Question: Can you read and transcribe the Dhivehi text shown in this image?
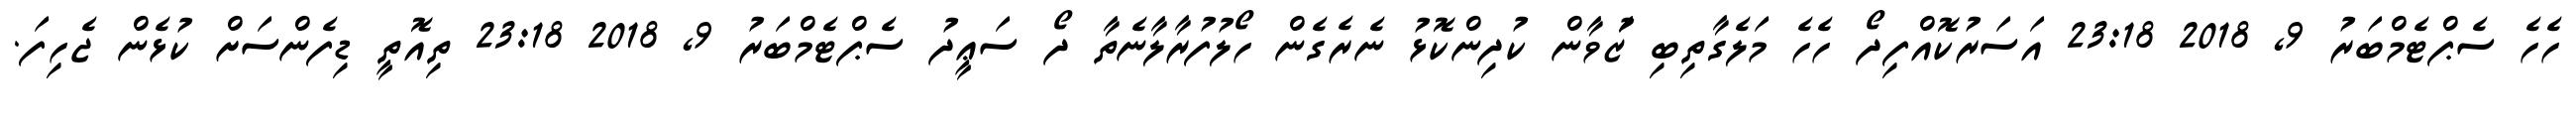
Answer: ހެހެ ސެޕްޓެމްބަރު 9, 2018 23:18 އަސަރުކޮއްފިދޯ ހެހެ މަލެގާތިބި ޒުަަވާން ކުދިންކޮޅު ނެރެގެން ހޯލުފުރާލާނެތާ ދޯ ސަޢީދު ސެޕްޓެމްބަރު 9, 2018 23:18 ތިއޮތީ ޑިފެންސަށް ކުޅެން ޖެހިފަ.